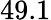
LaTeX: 49.1